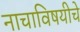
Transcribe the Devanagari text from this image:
नाचाविषयीचे